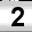
Digit: 2